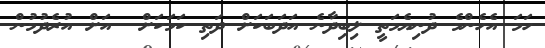
ހަމަ އެހެންމެ ދުނިޔެމަތީ ލިބިދާނެ އަދަބަކަށް ދަތި ކަމަކަށް  އަށް އުރެދުމުން